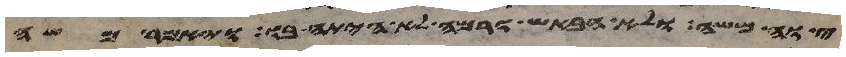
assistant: צוה משה ולא הבאיש ורמה לא היתה בו ויאמר משה